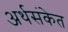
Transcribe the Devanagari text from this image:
अर्थसंकेत